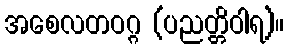
အစေလတဝဂ္ဂ (ပညတ္တိဝါရ)။